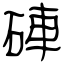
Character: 硨